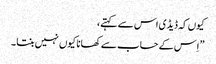
کیوں کہ ڈیڈ ی اس سے کہتے،
” اِس کے حساب سے کھانا کیوں نہیں بنتا ۔